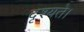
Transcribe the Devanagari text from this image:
दृश्यते।